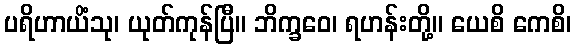
ပရိဟာယိံသု၊ ယုတ်ကုန်ပြီ။ ဘိက္ခဝေ၊ ရဟန်းတို့။ ယေစိ ကေစိ၊